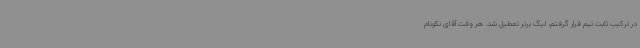
در ترکیب ثابت تیم قرار گرفتم، لیگ برتر تعطیل شد. هر وقت آقای نکونام